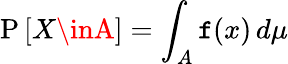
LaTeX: \operatorname{P}\left[X\inA\right]=\int_{A}\mathtt{f}(x)\, d\mu